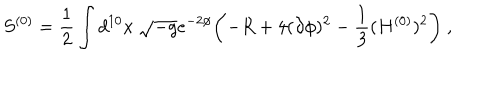
S ^ { ( 0 ) } = \frac { 1 } { 2 } \int d ^ { 1 0 } x \ \sqrt { - g } e ^ { - 2 \phi } \biggl ( - R + 4 ( \partial \phi ) ^ { 2 } - { \frac { 1 } { 3 } } ( H ^ { ( 0 ) } ) ^ { 2 } \biggr ) \ ,